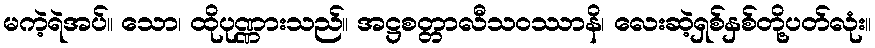
မကဲ့ရဲအပ်။ သော၊ ထိုပုဏ္ဏားသည်။ အဋ္ဌစတ္တာလီသဝဿာနိ၊ လေးဆဲ့ရှစ်နှစ်တို့ပတ်လုံး။